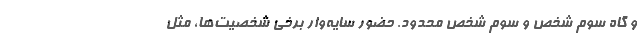
و گاه سوم شخص و سوم‌ شخص محدود. حضور سايه‌وار برخي شخصيت‌ها، مثل